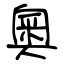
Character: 奧